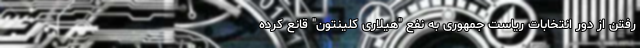
رفتن از دور انتخابات ریاست جمهوری به نفع "هیلاری کلینتون" قانع کرده